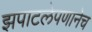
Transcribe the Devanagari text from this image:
झपाटलेपणानेच